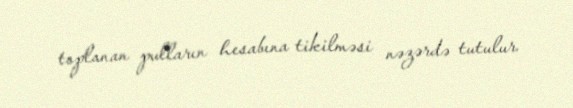
toplanan pulların hesabına tikilməsi nəzərdə tutulur.